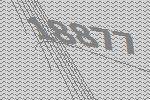
18877